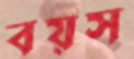
বয়স